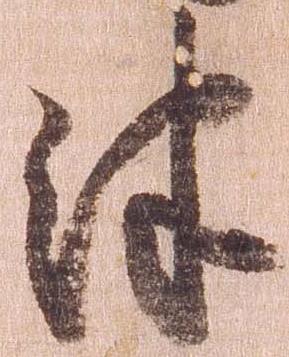
津